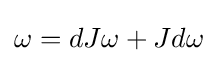
\omega =dJ\omega +Jd\omega